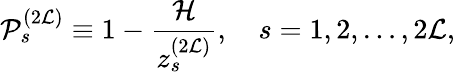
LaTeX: {\cal P}_{s}^{(2{\cal L})}\equiv 1-\frac{{\cal H}}{z_{s}^{(2{\cal L})}},\quad s=1,2,\dots,2{\cal L},